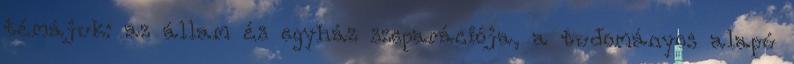
témájuk: az állam és egyház szeparációja, a tudományos alapú